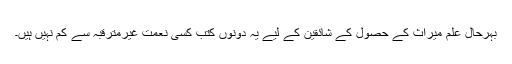
بہرحال علم میراث کے حصول کے شائقین کے لیے یہ دونوں کتب کسی نعمت غیرمترقبہ سے کم نہیں ہیں۔